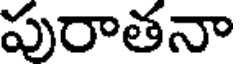
పురాతనా